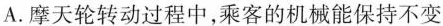
A.摩天轮转动过程中，乘客的机械能保持不变